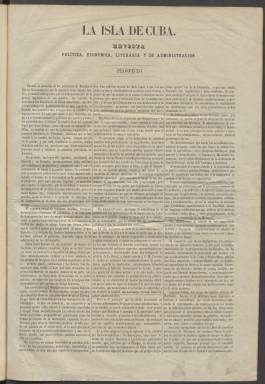
Título: La Isla de Cuba (Madrid)
Colección: Periódicos
Ámbito geográfico: Cuba
Lugar de publicación: Madrid
Fechas: 01/01/1865-27/09/1865